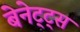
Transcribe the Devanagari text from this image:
बेनेट्ट्स